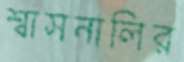
শ্বাসনালির